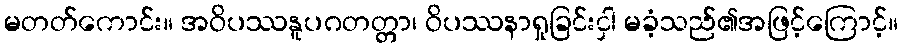
မတတ်ကောင်း။ အဝိပဿနူပဂတတ္တာ၊ ဝိပဿနာရှုခြင်းငှါ မခံ့သည်၏အဖြင့်ကြောင့်။